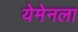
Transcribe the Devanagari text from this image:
येमेनला